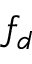
f _ { d }